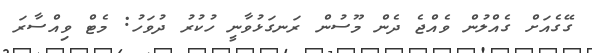
ގޭގެއަށް ގެއްލުން ވެއްޖެ ދެން މޫސުން ރަނގަޅުވާނީ ހުކުރު ދުވަހު: މެޓް ވިއްސާރަ